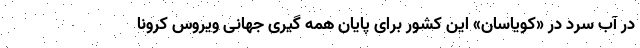
در آب سرد در «کویاسان» این کشور برای پایان همه گیری جهانی ویروس کرونا